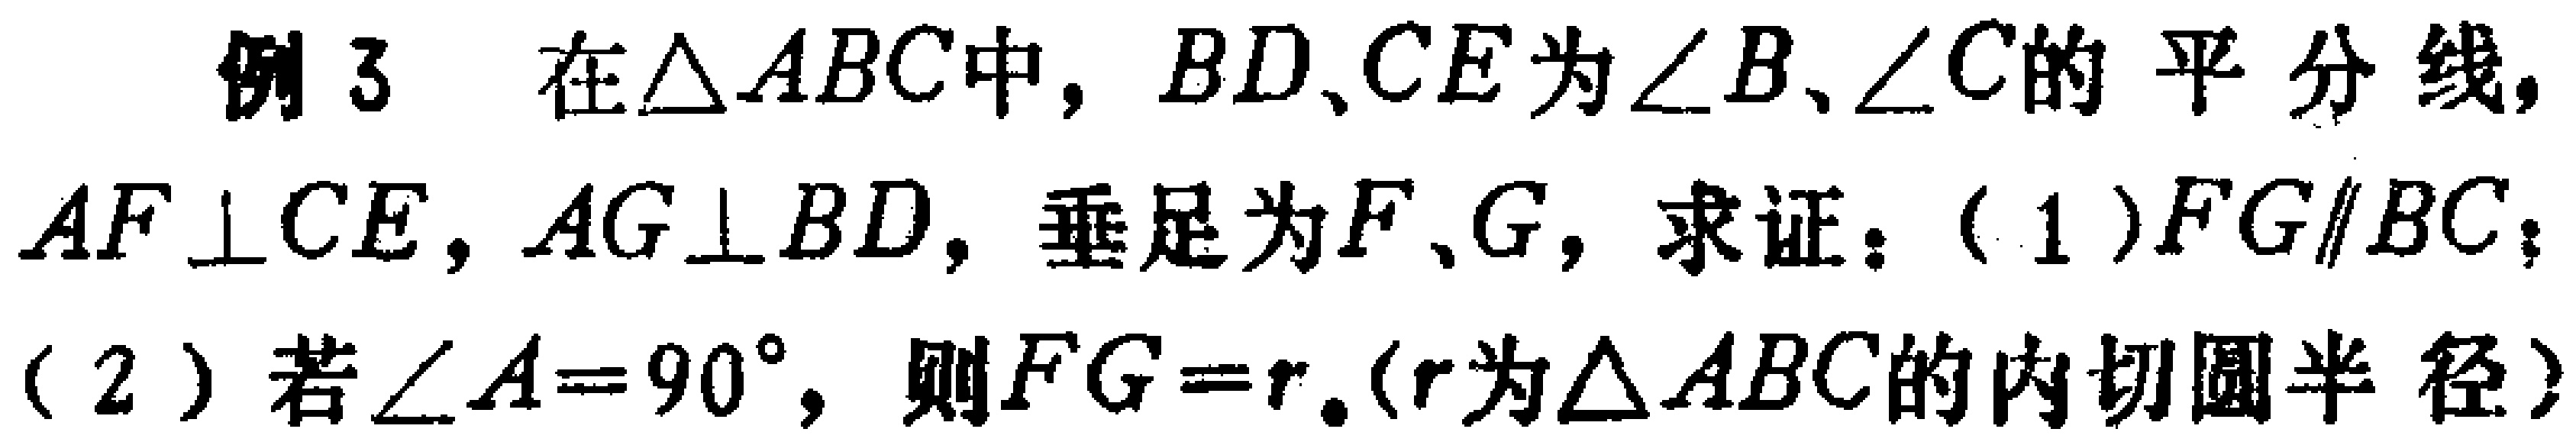
例3 在$\triangle ABC$中，$BD、CE$为$\angle B、\angle C$的平分线，$AF\perp CE$，$AG\perp BD$，垂足为$F、G$，求证：(1)$FG\parallel BC$；(2)若$\angle A = 90^{\circ}$，则$FG = r$。（$r$为$\triangle ABC$的内切圆半径）